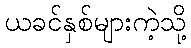
ယခင်နှစ်များကဲ့သို့